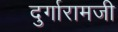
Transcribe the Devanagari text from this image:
दुर्गारामजी